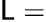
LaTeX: \mathsf{L}=